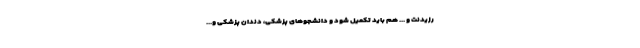
رزیدنت و ... هم باید تکمیل شود و دانشجوهای پزشکی، دندان پزشکی و...